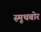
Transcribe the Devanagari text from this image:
स्मूथबोर